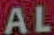
AL